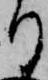
り